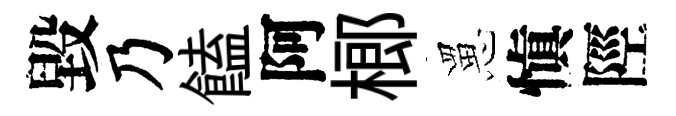
毀乃饁阿榔罳愼陘